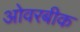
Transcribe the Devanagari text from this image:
ओवरबीक